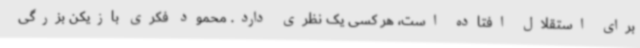
برای استقلال افتاده است، هر کسی یک نظری دارد. محمود فکری بازیکن بزرگی